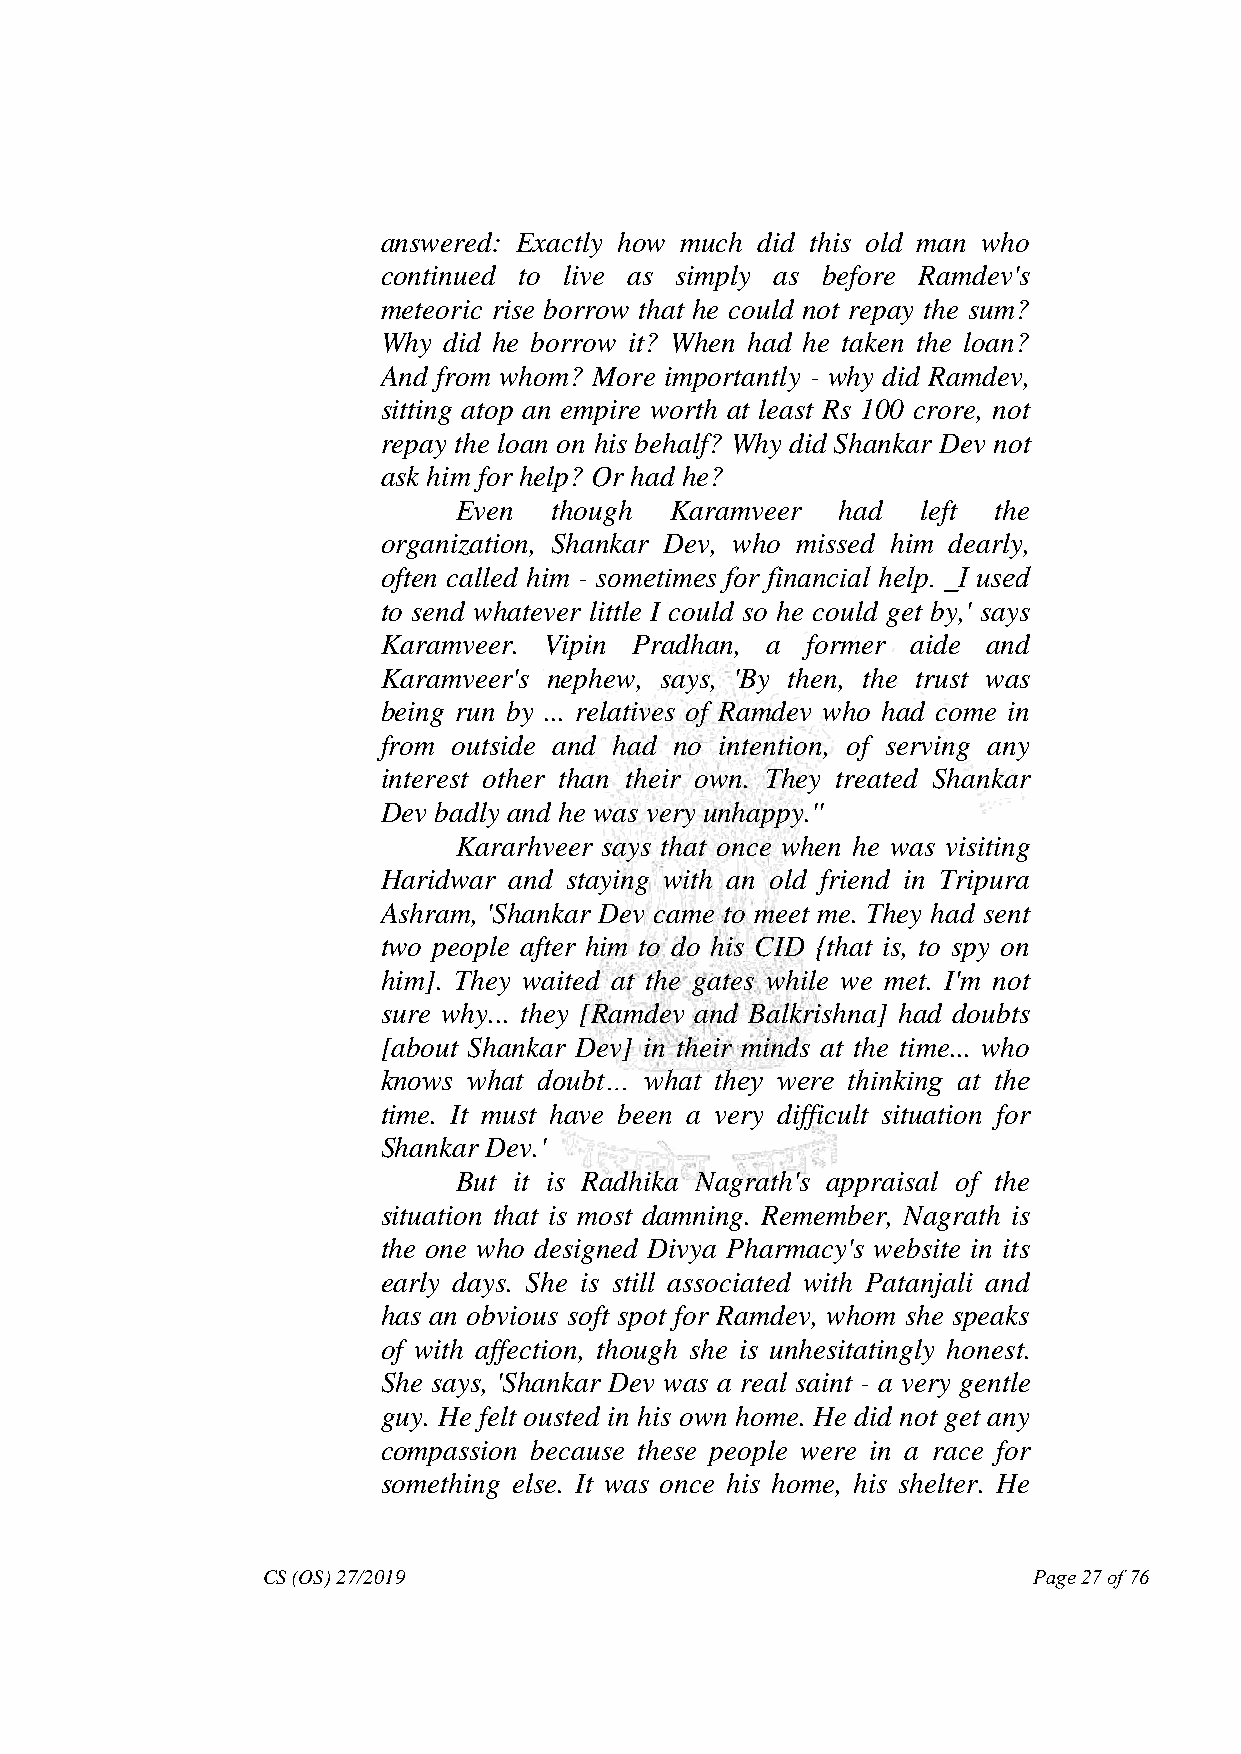
answered: Exactly how much did this old man who
 continued to live as simply as before Ramdev's
 meteoric rise borrow that he could not repay the sum?
 Why did he borrow it? When had he taken the loan?
 And from whom? More importantly - why did Ramdev,
 sitting atop an empire worth at least Rs 100 crore, not
 repay the loan on his behalf? Why did Shankar Dev not
 ask him for help? Or had he?
 Even   though Karamveer   had  left the
 organization, Shankar Dev, who missed him dearly,
 often called him - sometimes for financial help. ‗I used
 to send whatever little I could so he could get by,' says
 Karamveer. Vipin Pradhan, a former aide and
 Karamveer's nephew, says, 'By then, the trust was
 being run by ... relatives of Ramdev who had come in
 from outside and had no intention, of serving any
 interest other than their own. They treated Shankar
 Dev badly and he was very unhappy.''
 Kararhveer says that once when he was visiting
 Haridwar and staying with an old friend in Tripura
 Ashram, 'Shankar Dev came to meet me. They had sent
 two people after him to do his CID {that is, to spy on
 him]. They waited at the gates while we met. I'm not
 sure why... they [Ramdev and Balkrishna] had doubts
 [about Shankar Dev] in their minds at the time... who
 knows what doubt… what they were thinking at the
 time. It must have been a very difficult situation for
 Shankar Dev.'
 But it is Radhika Nagrath's appraisal of the
 situation that is most damning. Remember, Nagrath is
 the one who designed Divya Pharmacy's website in its
 early days. She is still associated with Patanjali and
 has an obvious soft spot for Ramdev, whom she speaks
 of with affection, though she is unhesitatingly honest.
 She says, 'Shankar Dev was a real saint - a very gentle
 guy. He felt ousted in his own home. He did not get any
 compassion because these people were in a race for
 something else. It was once his home, his shelter. He
 CS (OS) 27/2019                                    Page 27 of 76